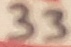
Text: 33